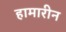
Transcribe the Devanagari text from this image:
हामारीन